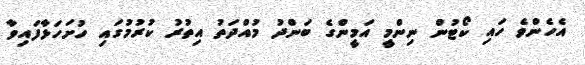
އެހެންވެ ހައި ކޯޓުން ނިންމީ އަމީންގެ ބަންދު މުއްދަތު އިތުރު ކުރުމުގައި ހުށަހަޅާފައިވާ